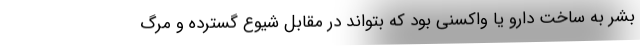
بشر به ساخت دارو یا واکسنی بود که بتواند در مقابل شیوع گسترده و مرگ